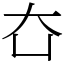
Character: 㚎